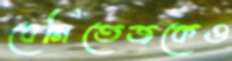
বেনিতেজকেও